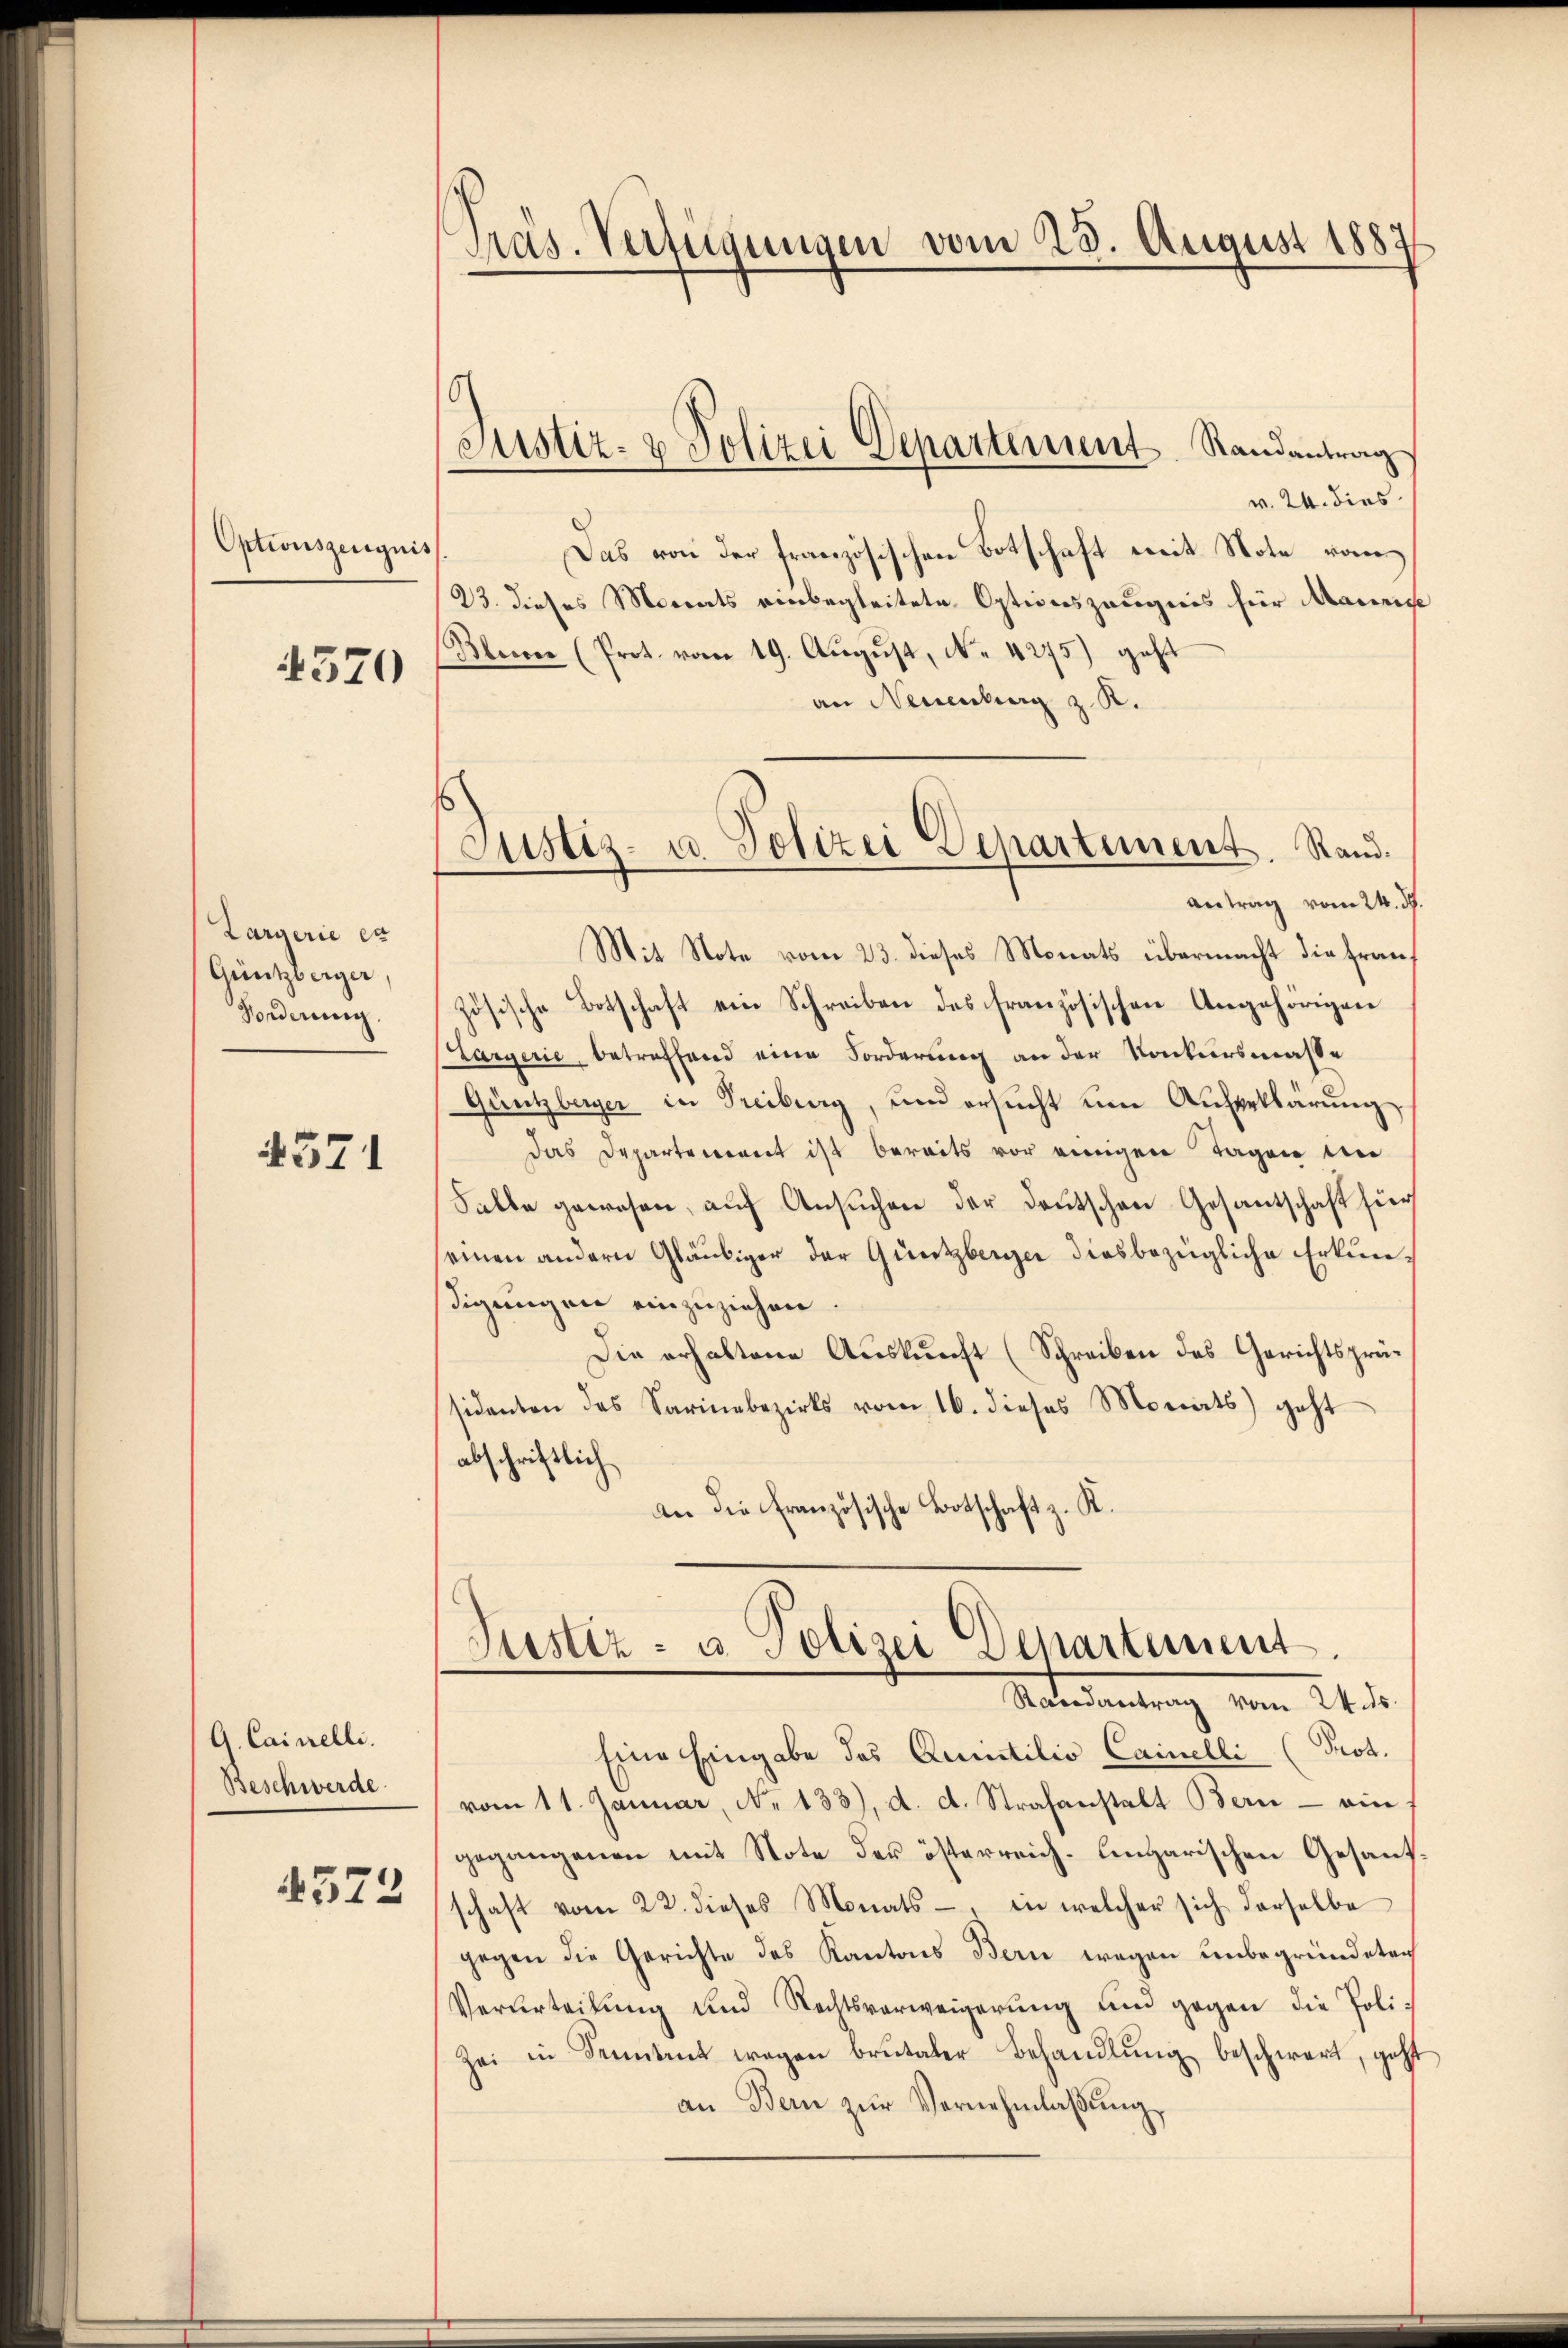
Optionszeugnis
4570

Largerie ex
Güntzberger,
Forderung.

4371

G. Cainelle.
Beschwerde
572

Präs. Verfügungen vom 23. August 1887

Justiz- & Polizei Departement Randantrag

w. 24. dies
Das von der französischen Botschaft mit Note von
23. dieses Monats einbegleitete Optionszeugnis für Mannis
Kleiner (Prot. vom 19. Aŭgŭst, N. 4275) geht
an Neuenburg z. R.
Antrag vom 24. ds.
Mit Note vom 23. dieses Monats übermacht die Französische Botschaft ein Schreiben des französischen Angehörigen
Largerie, betreffend eine Forderung an der Konkursmasse
Güntzberger in Freiberg, und ersucht um Auferklärung
das Departement ist bereits vor einigen Tagen de
Falbe gewesen, auf Ansuchen der Deutschen Gesantschaft für
seinen andern Gläubiger der Güntzberger diesbezügliche Erkundigungen einzuziehen.
Die erhaltene Auskunft (Schreiben des Gerichtsprüsidenten das Sarina bezirks vom 16. dieses Monats geht
abschriftlich
an die französische Botschaft z. K.
Justiz- u. Polizei Departement.
Randantrag vom 24. ds.
Eine Eingabe des Quistilio Cainelli (Prot.
vom 11. Januar, No 133), d. d. Strafanstalt Bern - ein
gegangenen mit Note der österreich-Ungarischen Gesandschaft vom 22. dieses Monats-, in welcher sich derselbe
gegen die Gerichte des Kantons Bern wegen unbegründeten
Verurteilŭng und Rechtsverweigerŭng und gegen die Poli¬
Zei in Sonntent wegen brutaler Behandlung beschwert, geht
an Bern zur Vernehmlassung,

Justiz- u. Polizei Departement. Stand.